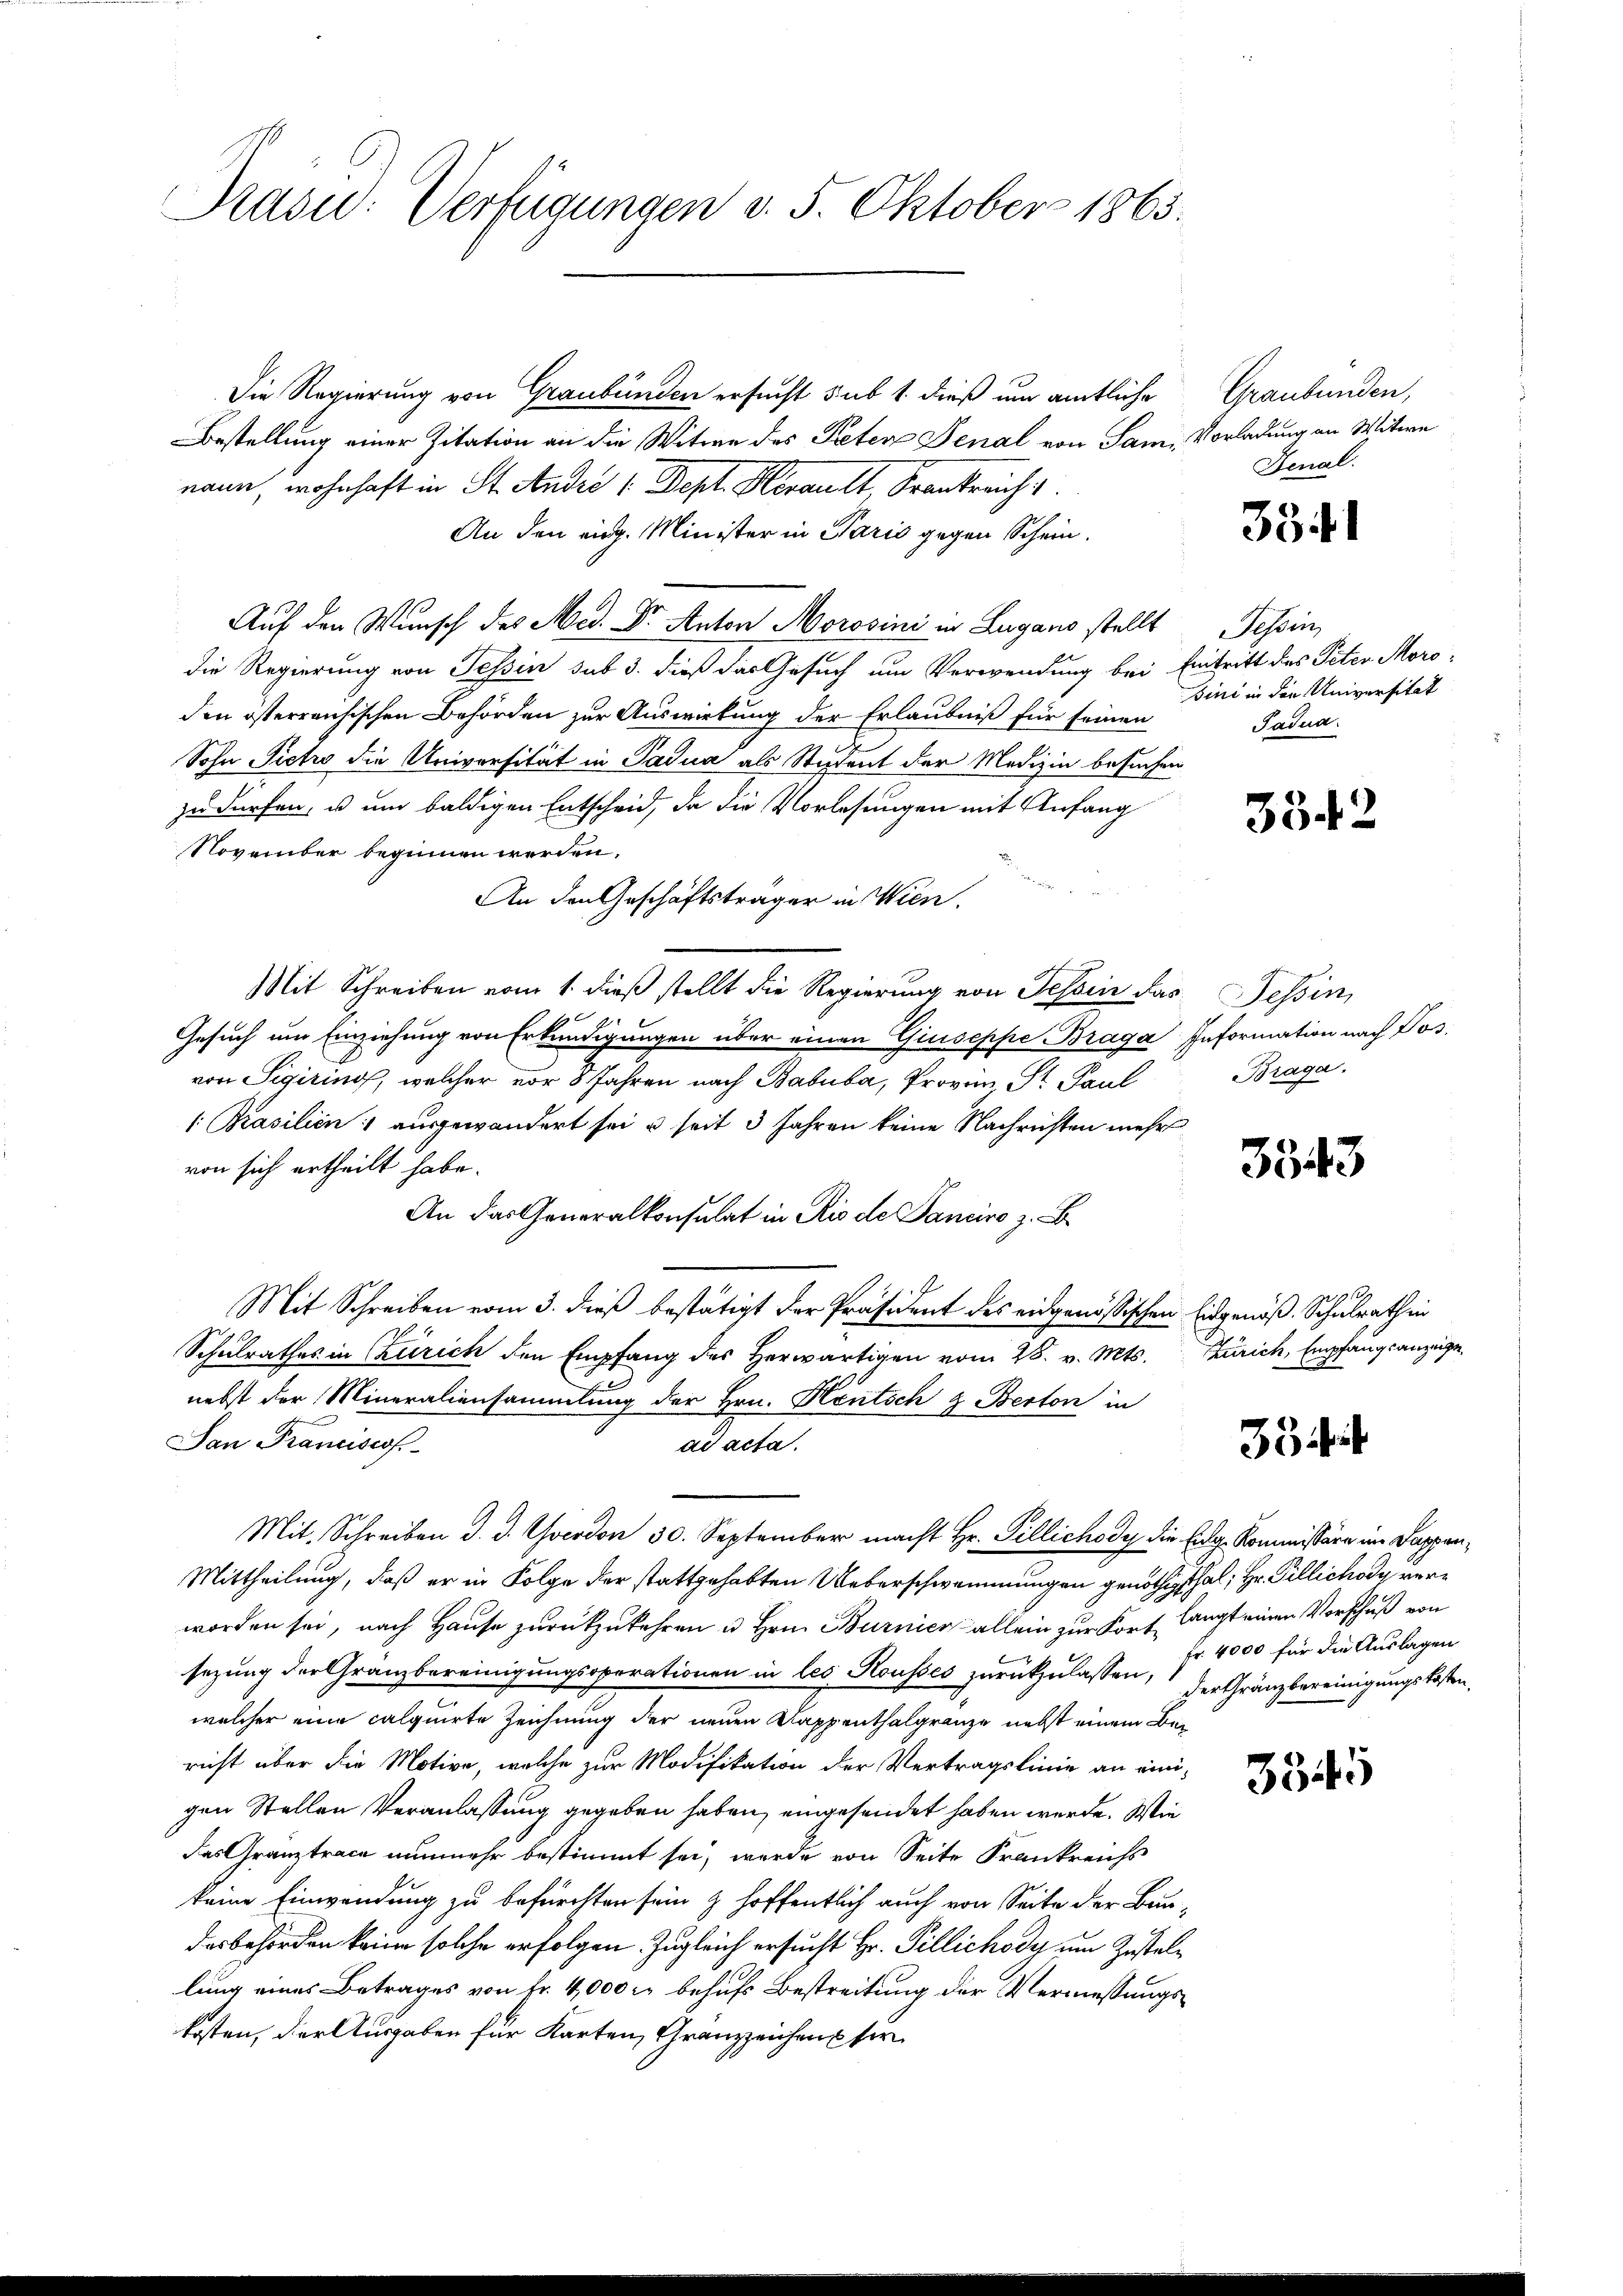
Prasid: Verfügungen d. 5. Oktober 1863.

Die Regierung von Graubünden ersucht sub 1. dieß um amtliche Graubünden,
Bestellung einer Zitation an die Witwe des Peter Senal von Sam. Vorladung an Witwe
naun, wohnhaft in St. Andre / Dept. Herault, Frankreich
An den eidg. Minister in Paris gegen Schein.
Auf den Wunsch des Med. Dr. Anton Morosini in Lugano stellt Tessin,
die Regierung von Tessin sub 3. dieß das Gesuch um Verwendung bei Eintritt des Peten Moro-
den österreichischen Behörden zur Auswirkung der Erlaubniß für seinen
Sohn Pietro die Universität in Padua als Student der Medizin besuchen
zu dürfen, u um baldigen Entscheid, da die Vorlesungen mit Anfang
November beginnen werden.
An den Geschäftsträger in Wien.
Mit Schreiben vom 1. dieß stellt die Regierung von Tessin das Tessin,
Gesuch um Einziehung von Erkundigungen über einen Giuseppe Braga Information nach Pos
von Sigiring, welcher vor 8 Jahren nach Babuba, Provin, St. Paul
/Prasilien; ausgewandert sei & seit 3 Jahren keine Nachrichten mehr
von sich ertheilt habe.
An das Generalkonsulat in Rio de Sanciro z. B
Mit Schreiben vom 3. dieß bestätigt der Präsident des eidgenössischen Eidgenöß-Schulrath in
Schulrathes in Zürich den Empfang des Herwärtigen vom 28. v. Mts. Zürich, Empfangs anzugenebst der Mineraliensammlung der Hrn. Rentsch & Berton in
San Franciscos
ad acta.
Mit. Schreiben d. d. Yverdon 30. September macht Hr. Gillichody die Eidg. Kommissäre im Dappen¬
Mittheilung, daß er in Folge der stattgehabten Ueberschwemmungen genöthigt hat; Hr. Pillichody verworden sei, nach Hause zurückzukehren u Hrn. Burnier allein zur Fort langt einen Vorschuß von
sezung der Gränzbereinigungsoperationen in les Rousses zurückzulassen, der Gränzbereinigungskosten,
welcher eine calquirte Zeichnung der neuen Kappenthalgränze nebst einem Bei
richt über die Motive, welche zur Modifikation der Vertragslinie an einigen Stellen Veranlassung gegeben haben, eingesendet haben werde. Wie
das Gränztrace nunmehr bestimmt sei, wurde von Seite Frankreichs
keine Einwendung zu befürchten sein & hoffentlich auch von Seite der Bau-
desbehörden keine solche erfolgen Zugleich ersucht Hr. Pillichody um Zustellung eines Betrages von Fr. 4,000 r. behufs Bestreitung der Vermessungskosten, der Ausgaben für Karten, Granzzeichens ser

Fenal.

3341

Bini in den Universität
Padua

3342

Braga.

3343

35 Mit

Fr. 4000 für die Auslagen

3345